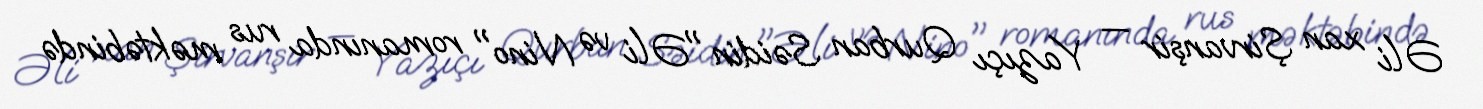
Əli xan Şirvanşir — Yazıçı Qurban Səidin "Əli və Nino" romanında rus məktəbində